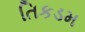
તિકડમ